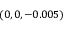
( 0 , 0 , - 0 . 0 0 5 )